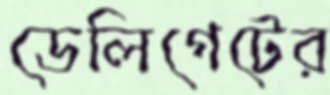
ডেলিগেটের